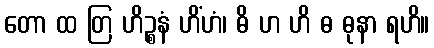
တော ထ တြ ဟိဉ္စနံ ဟိံဟံ၊ ဓိ ဟ ဟိ ဓ ဓုနာ ရဟိ။